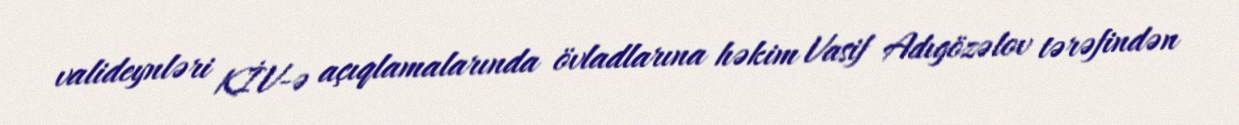
valideynləri KİV-ə açıqlamalarında övladlarına həkim Vasif Adıgözəlov tərəfindən